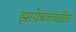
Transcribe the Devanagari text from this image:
झाग्रेबजवळील